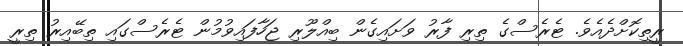
ރީތިކޮށްދެއެވެ. ޓެރެސްގެ ތިރި ފާރު ވަށައިގެން ބިއްލޫރި ޖަހާފައިވުމުން ޓެރެސްގައި ތިބޭއިރު ތިރީ